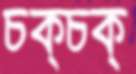
চক্‌চক্‌